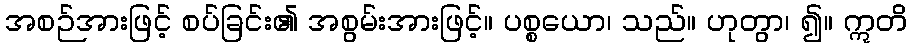
အစဉ်အားဖြင့် စပ်ခြင်း၏ အစွမ်းအားဖြင့်။ ပစ္စယော၊ သည်။ ဟုတွာ၊ ၍။ ဣတိ